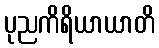
ပုညကိရိယာယာတိ